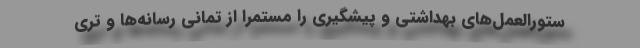
ستورالعمل‌های بهداشتی و پیشگیری را مستمرا از تمانی رسانه‌ها و تری